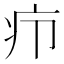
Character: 疖